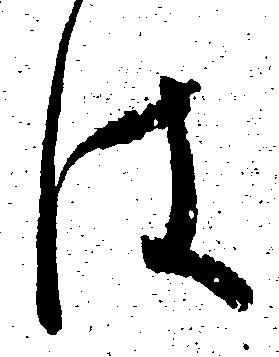
は